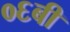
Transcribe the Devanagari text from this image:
०६बी